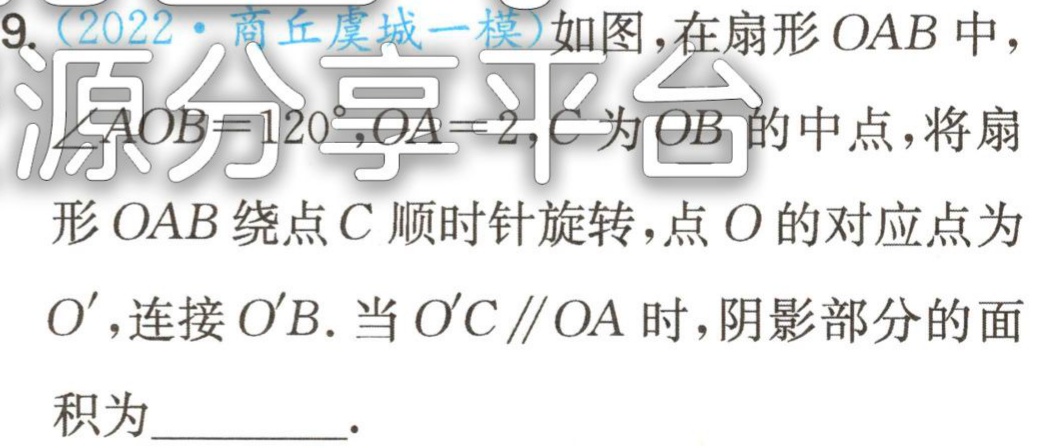
9. (2022·商丘虞城一模)如图，在扇形\(OAB\)中，\(\angle AOB = 120^{\circ},OA = 2\)，\(C\)为\(OB\)的中点，将扇

形\(OAB\)绕点\(C\)顺时针旋转，点\(O\)的对应点为

\(O'\)，连接\(O'B\). 当\(O'C\parallel OA\)时，阴影部分的面

积为_________.